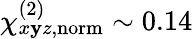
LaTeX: \chi_{x\mathbf{y}z,\mathrm{{norm}}}^{(2)}\sim0.14